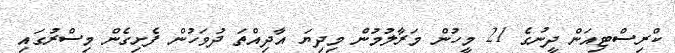
ކްރިސްޓިއަން ދީނުގެ 21 މީހުން މަރާލުމުން މިދިޔަ އާދިއްތަ ދުވަހުން ފެށިގެން މިސްރުގައި